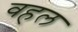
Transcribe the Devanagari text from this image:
वहल